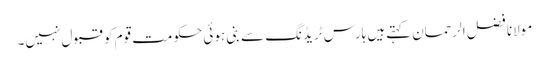
مولانا فضل الرحمان کہتےہیں ہارس ٹریڈنگ سے بنی ہوئی حکومت قوم کو قبول نہیں۔